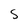
Character: S